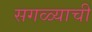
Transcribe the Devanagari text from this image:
सगळ्याची